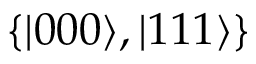
\{ | 0 0 0 \rangle , | 1 1 1 \rangle \}